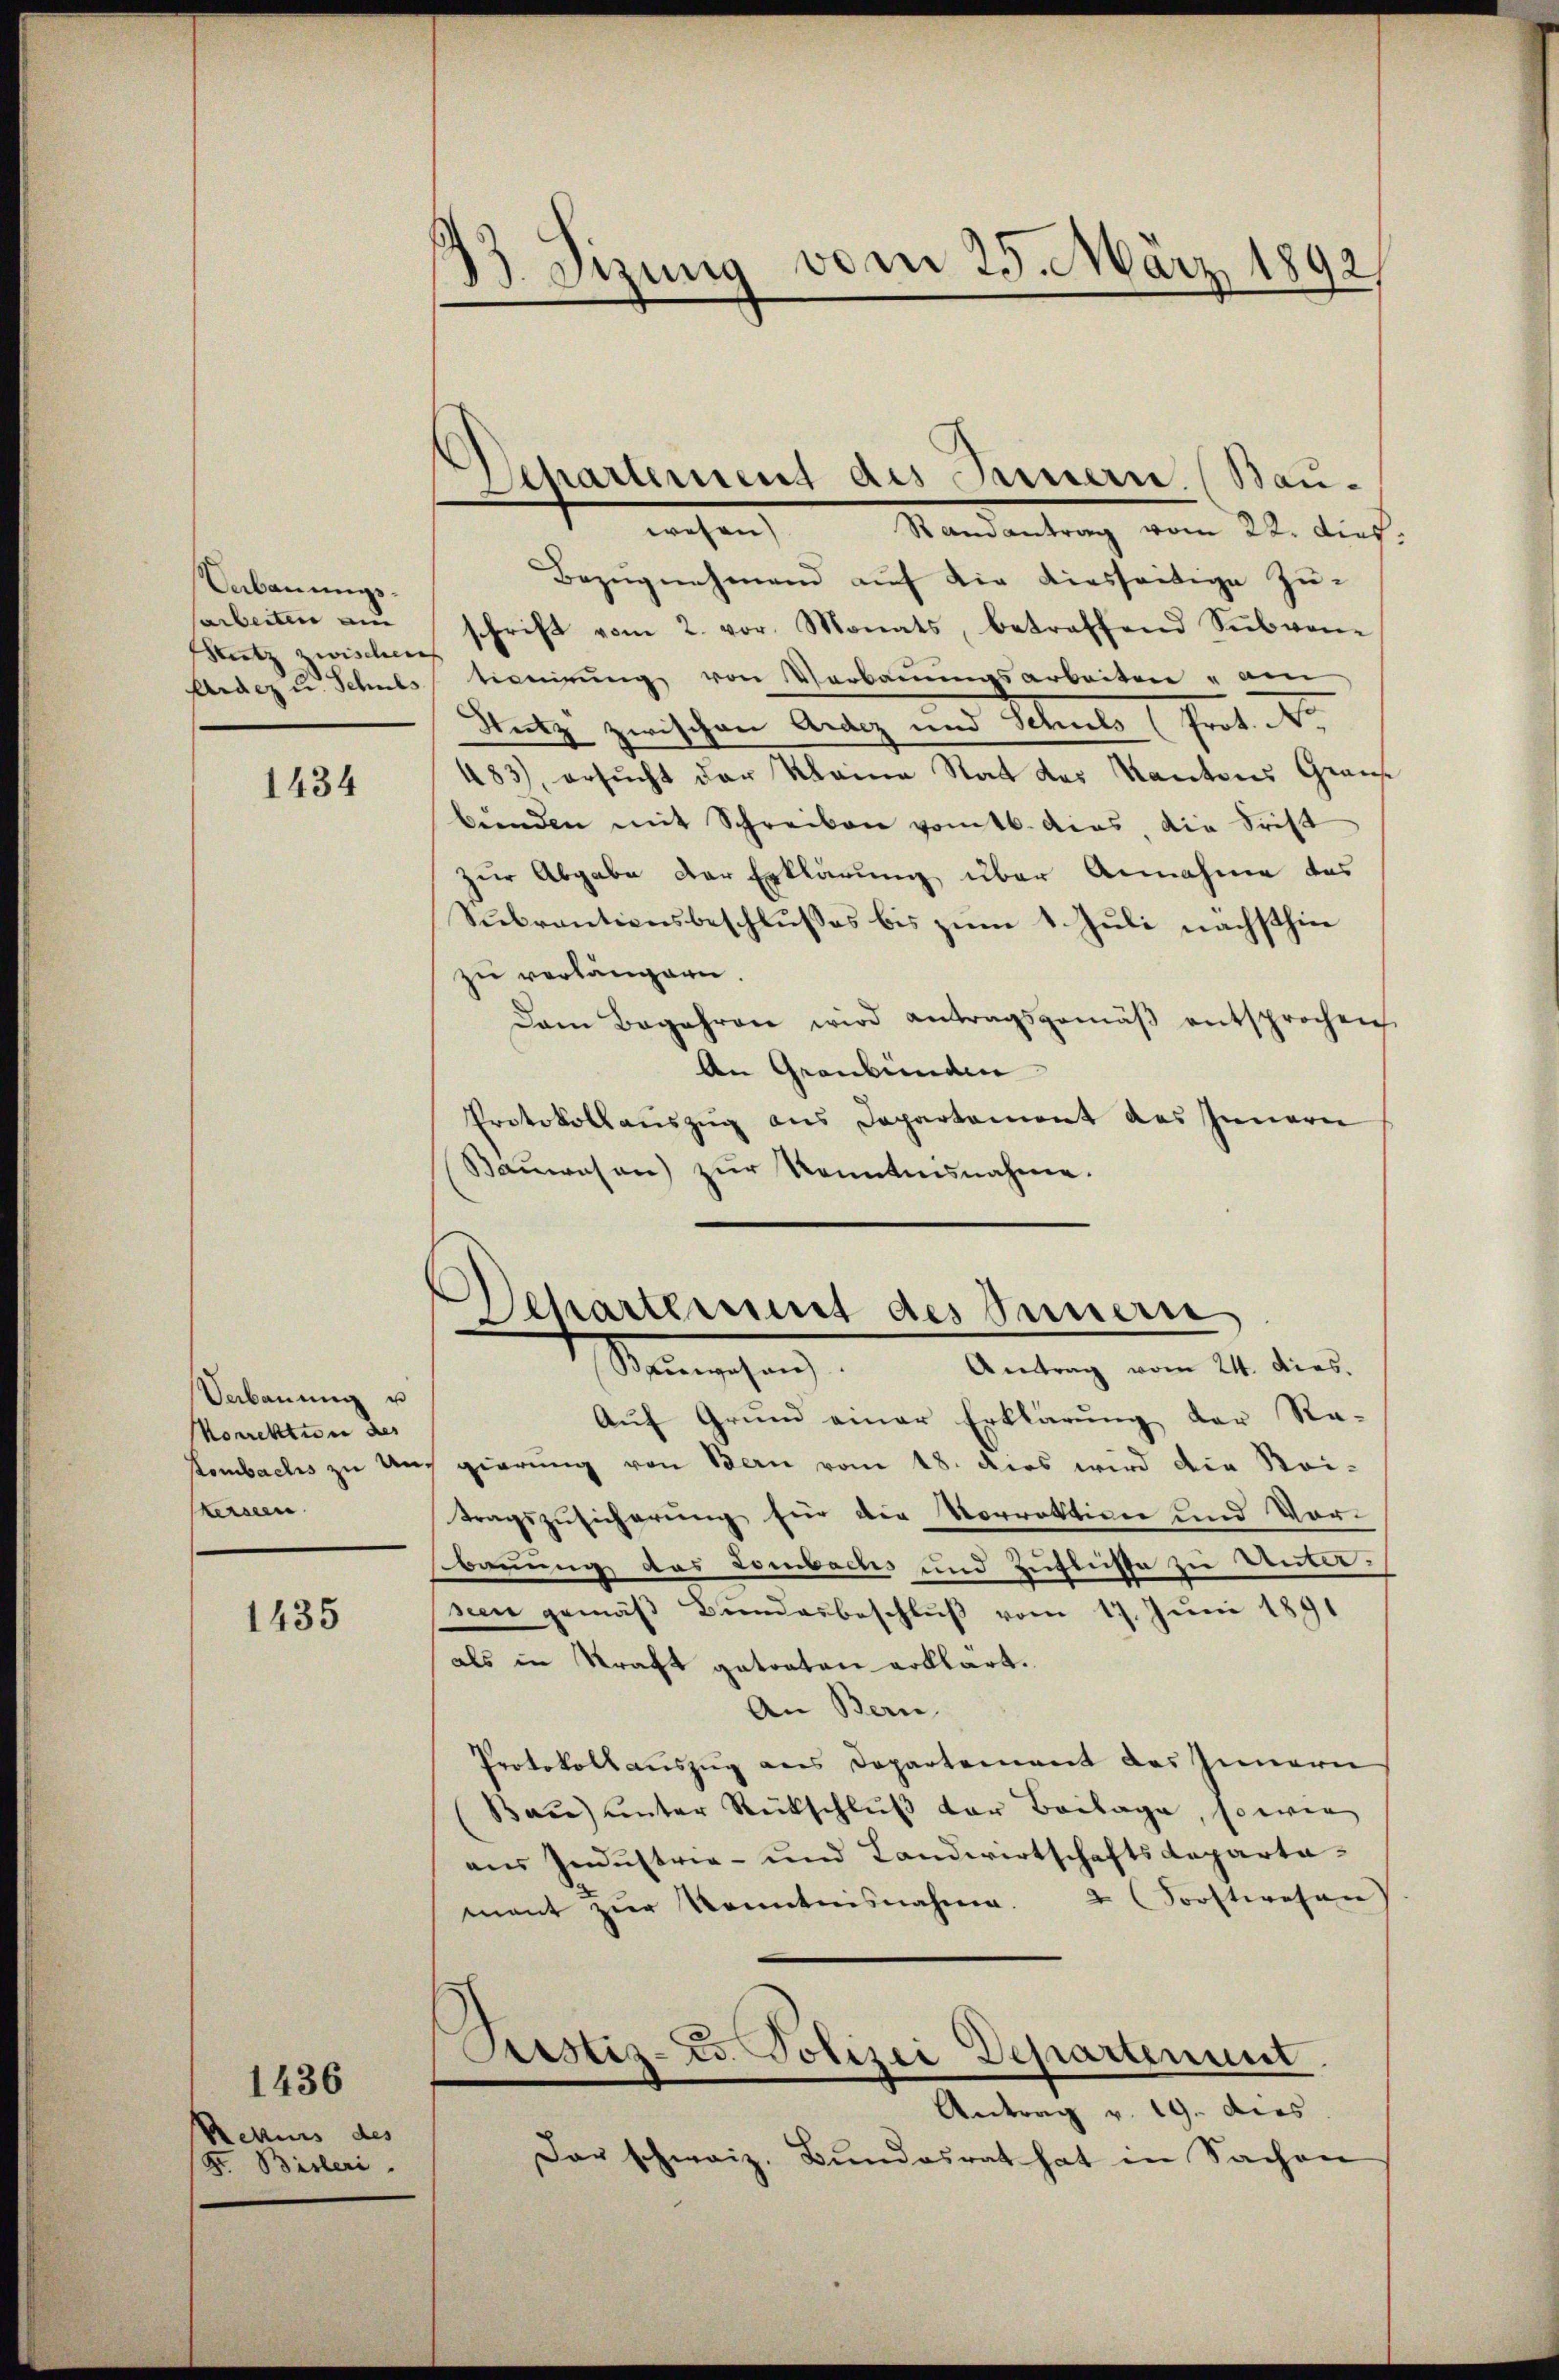
Uebauungssarbeiten au
Sitz zwischen

1434

Uebaŭŭng u
korrektion des
kersten

1435

Rekurs des
Fr. Bisleri

1436

33. Sizung vom 25. März 1892

Departement des Innern. (Bau-

wesen Randantrag vom 22. dies
Bezŭgnehmend auf die diesseitige Zuschrift vom 2. vor. Monats, betreffend Sŭbven-
Ardezu Schulstionierŭng von Verbaŭŭngsarbeiten " am
Stutz zwischen Ardez und Schuls (Prot. N.
483), ersucht der Kleine Stat des Kantons Graus
bŭnden mit Schreiben vom 16. das, die Frist
zur Abgabe der Erklärung über Annahme des
Subrantionsbeschlußes bis zum 1. Juli nächsthin
zu verlängern.
Dem Begehren wird antragsgemäβ entsprochen
An Graubünden
Protokollauszug aus Departement des Innern
Bauwesen) zur Kenntnisnahme.

Separtement des Innern
Antrag vom 24. dies.
Stainsichen

Auf Grund einer Erklärung der Re-
tombachs zu Uns gierung von Bern vom 18. dies wird die Rei-
tragszusicherung für die Vorrektion und Vor-
bauung das Lombachs und Zuflüsse zu Unterseen gemäß Bundesbeschluß vom 17. Juni 1891
als in Kraft getraten erklärt.
An Bern
Protokollauszug aus Departement des Innern
Bau unter Rückschlŭβ der Beilage, so wie
aus Industria- und Landwirtschaftsdepartamant zŭr Kenntnisnahme.   Forstwesen
Arstiz-Co. Polizei Departenunt
Antrag v. 19. dies
Das schweiz. Bundesrat hat in Sachen